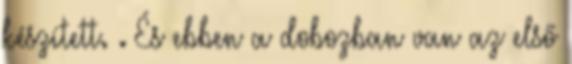
készített. . És ebben a dobozban van az első